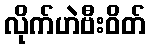
လိုက်ဟဲဗီးဝိတ်